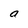
Character: a